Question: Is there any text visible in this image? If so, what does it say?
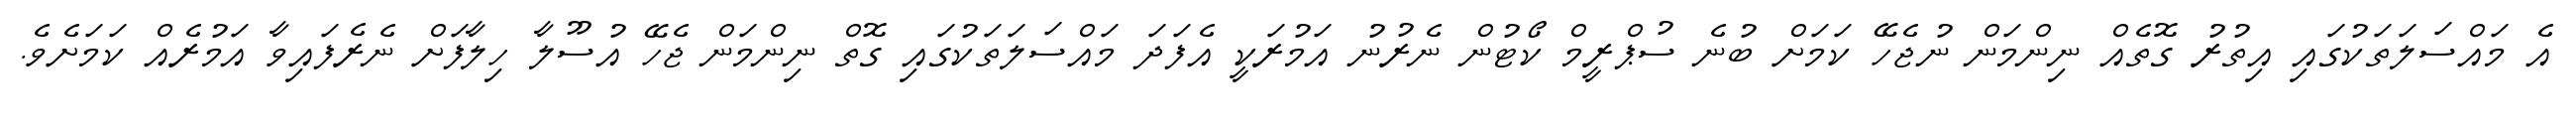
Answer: އެ މައްސަލަތަކުގައި އިތުރު ގޮތެއް ނިންމަން ނުޖެހޭ ކަމަށް ބުނެ ސުޕްރީމް ކޯޓުން ނެރުނު އަމުރަކީ އެފަދަ މައްސަލަތަކުގައި ގޮތް ނިންމަން ޖެހޭ އުސޫލާ ހިލާފަށް ނެރެފައިވާ އަމުރެއް ކަމަށެވެ.